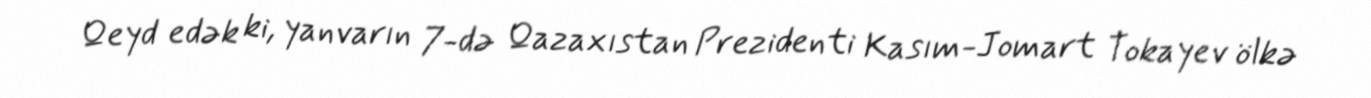
Qeyd edək ki, yanvarın 7-də Qazaxıstan Prezidenti Kasım-Jomart Tokayev ölkə